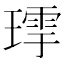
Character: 𤨹